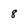
Character: 8